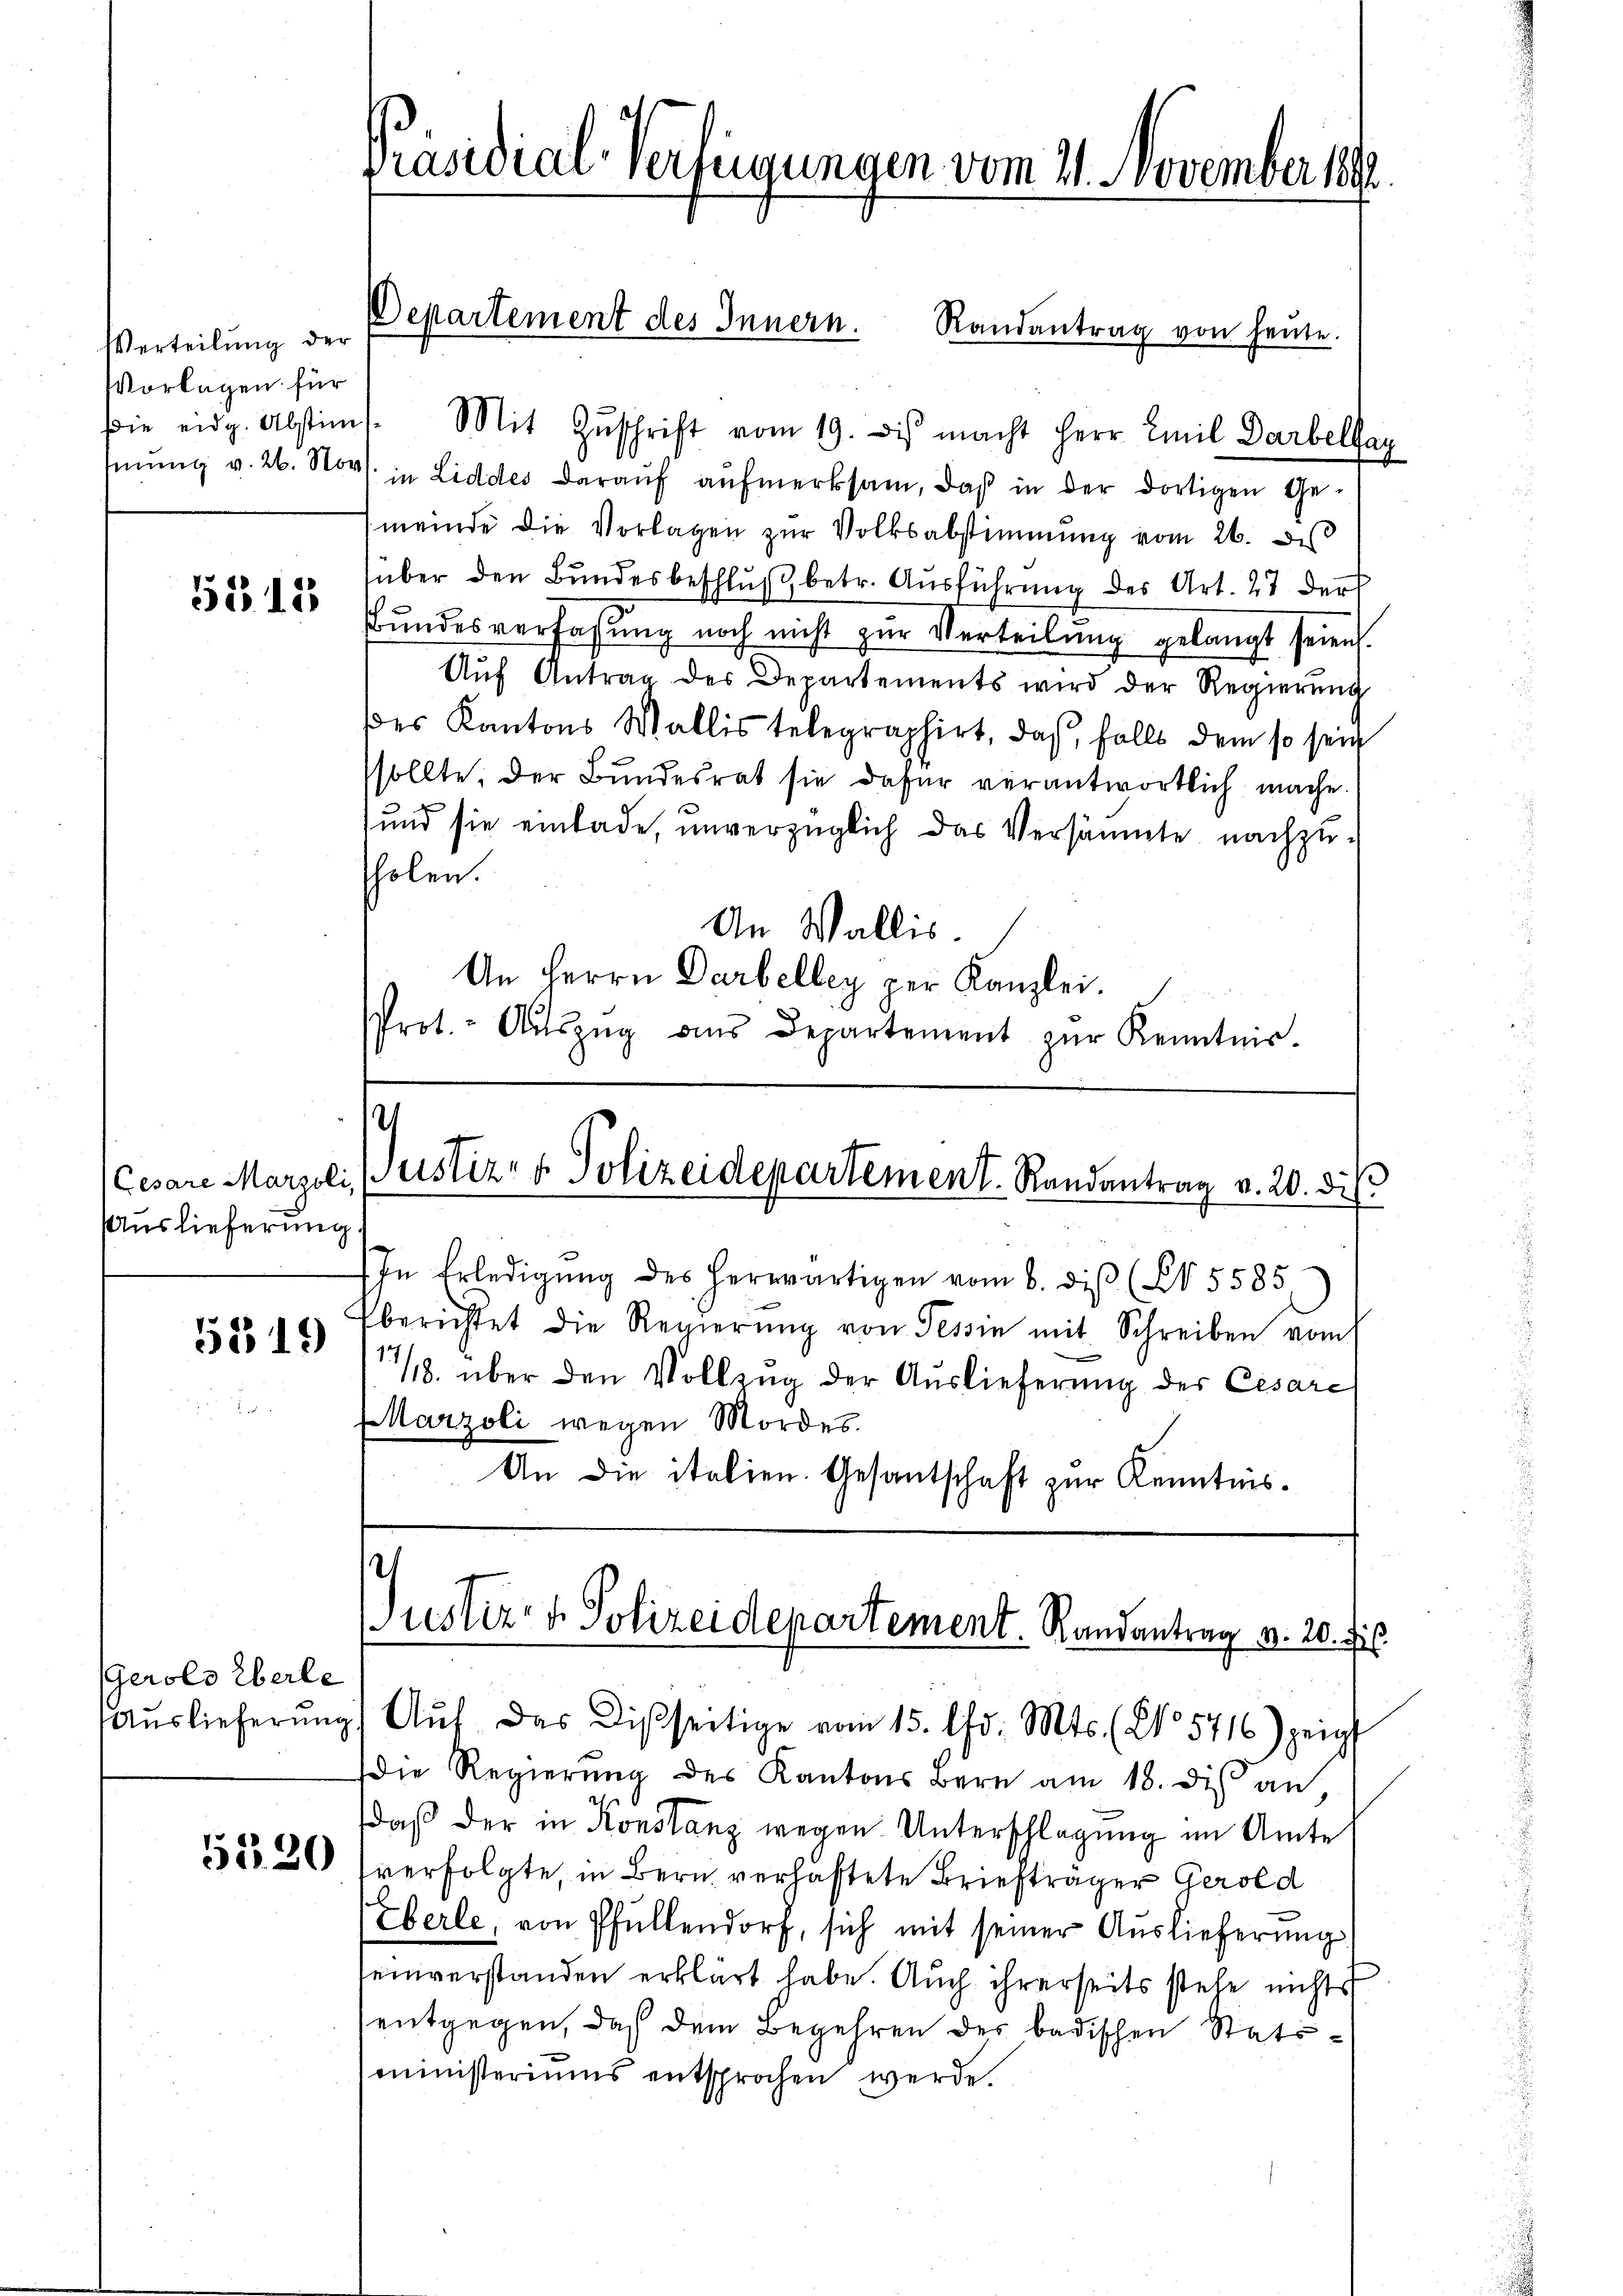
Verteilung der
Vorlagen für

5515

uslieferung
5519

Gerolo Eberle

5520

Präsidial-Verfügungen vom 21. November 1890

die eidg. Abstim. Mit Zŭschrift vom 19. di macht Herr Emil Darbeltag
hŭng v. 26. Nov. in Liddes daraŭf aŭfmerksam, daß in der dortigen Ge-
meinde die Vorlagen zŭr Volksabstimmung vom 26. des
über den Bundesbeschluß betr. Ausführung des Art. 27 der
Bundesverfassung noch nicht zur Verteilung gelangt seien.
Aŭf Antrag des Departements wird der Regierŭng
des Kantons Wallis telegraphirt, daß, falls dem so sein
sollte, der Bundesrat sie dafür verantwortlich mache.
und sie einlade, unverzüglich das Versäumte nachzu-
holen.
An Wallis.
An Herrn Darbelley per Kanzlei.
Prot.- Aŭszŭg ans Departement zŭr Kenntnis.

Departement des Innern. Randantrag von heŭte.

.
(Cesare Marzoli (Justiz- & Polizeidepartement. Randantrag v. 20. dis

In Erledigŭng des herwärtigen vom 6. diβ (N 5585,
berichtet die Regierŭng von Tessin mit Schreiben vom
½. über den Vollzug der Auslieferung der Cesarc
Marzoli wegen Mordes
An die italien. Gesantschaft zur Kenntnis.

Justiz- & Polizeidepartement. Randantrag v. 20. fs.
Aŭslieferŭng Aŭf das Disseitige vom 15. Chr. Mts. (2. 5716) zeigt

die Regierŭng des Kantons Bern am 18. dies an,
daß der in Konstanz wegen Unterschlagung im Amte
verfolgte, in Bern verhaftete Briefträger Gerold
Eberle, von Pfüllendorf, sich mit seiner Auslieferung
seinverstanden erklärt habe. Auch ihrerseits stehe nichts
entgegen, daß dem Begehren des badischen Statsministeriums entsprochen werde.